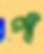
প